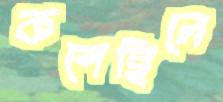
কশেছিলে